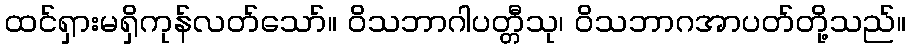
ထင်ရှားမရှိကုန်လတ်သော်။ ဝိသဘာဂါပတ္တီသု၊ ဝိသဘာဂအာပတ်တို့သည်။